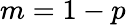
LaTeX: m=1-p